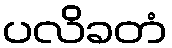
ပလိခတံ